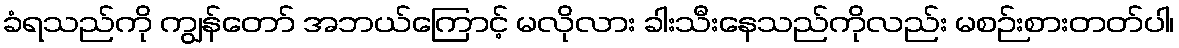
ခံရသည်ကို ကျွန်တော် အဘယ်ကြောင့် မလိုလား ခါးသီးနေသည်ကိုလည်း မစဉ်းစားတတ်ပါ၊